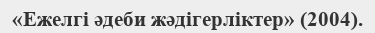
«Ежелгі әдеби жәдігерліктер» (2004).